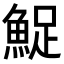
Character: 𬵔